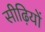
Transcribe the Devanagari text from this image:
सीढ़ियों